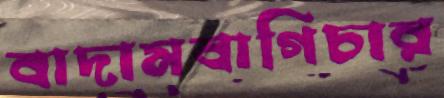
বাদামবাগিচার